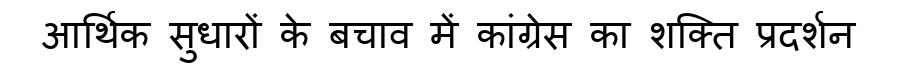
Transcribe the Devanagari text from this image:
आर्थिक सुधारों के बचाव में कांग्रेस का शक्ति प्रदर्शन